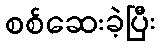
စစ်ဆေးခဲ့ပြီး